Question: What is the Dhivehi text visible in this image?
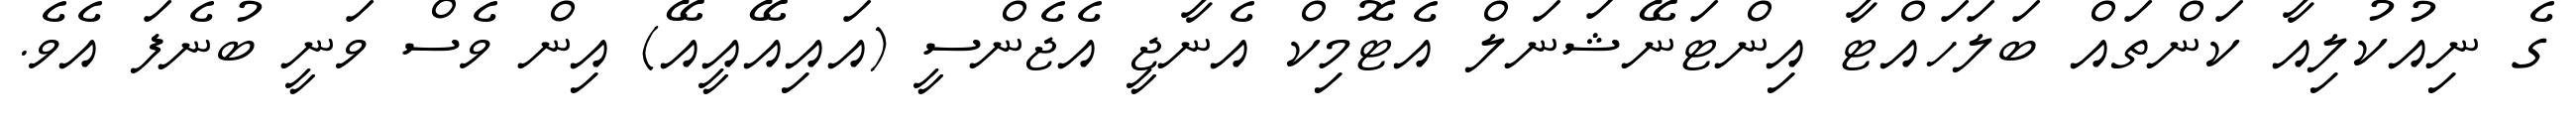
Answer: ގެ ނިއުކުލިއާ ކަންތައް ބަލަހައްޓާ އިންޓަނޭޝަނަލް އެޓޮމިކް އެނާޖީ އެޖެންސީ (އައިއޭއީއޭ) އިން ވެސް ވަނީ ބުނެފަ އެވެ.